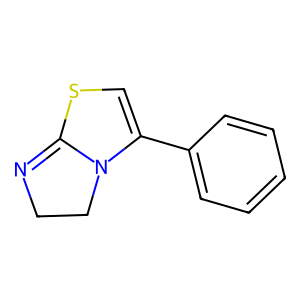
SMILES: C1=C(c2ccccc2)N2CCN=C2S1
Inhibits HIV replication: No